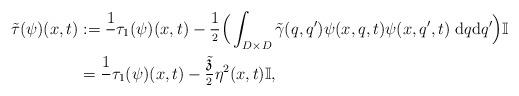
LaTeX: \begin{align*}\tilde{\tau}(\psi)(x,t)&:=\frac{1}{}\tau_1(\psi)(x,t)-\frac{1}{^2}\Big(\int_{D\times D}\tilde{\gamma}(q,q')\psi(x,q,t)\psi(x,q',t)\;\mathrm{d}q\mathrm{d}q'\Big)\mathbb{I}\\&=\frac{1}{}\tau_1(\psi)(x,t)-\frac{\tilde{\mathfrak{z}}}{^2}\eta^2(x,t)\mathbb{I},\end{align*}